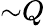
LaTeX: {\sim}Q